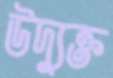
উদ্যুক্ত